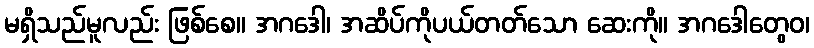
မရှိသည်မူလည်း ဖြစ်စေ။ အဂဒေါ၊ အဆိပ်ကိုပယ်တတ်သော ဆေးကို။ အဂဒေါတွေဝ၊